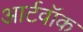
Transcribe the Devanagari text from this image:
आर्टवॉक